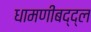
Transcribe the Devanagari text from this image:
धामणीबद्द्ल